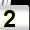
Digit: 2